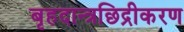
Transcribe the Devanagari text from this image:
बृहदान्त्रछिद्रीकरण